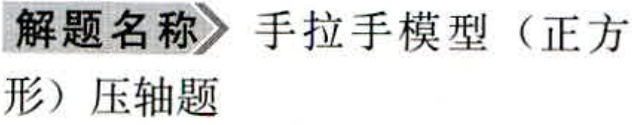
解题名称 手拉手模型（正方形）压轴题